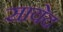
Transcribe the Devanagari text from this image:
सायेद